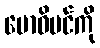
ဗောဓိပင်ကို